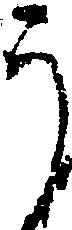
う